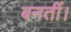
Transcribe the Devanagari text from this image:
बनतीं।